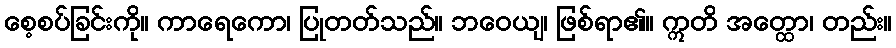
စေ့စပ်ခြင်းကို။ ကာရေကော၊ ပြုတတ်သည်။ ဘဝေယျ၊ ဖြစ်ရာ၏။ ဣတိ အတ္ထော၊ တည်း။